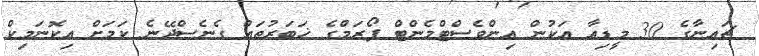
ޗައިނާގެ 30 މީޑިއާ އަކުން އިންވެސްޓްމެންޓް ފޯރަމްގެ ޚަބަރުތައް ގެނެސްދޭނެ ކަމަށް އިކޮނަމިކް